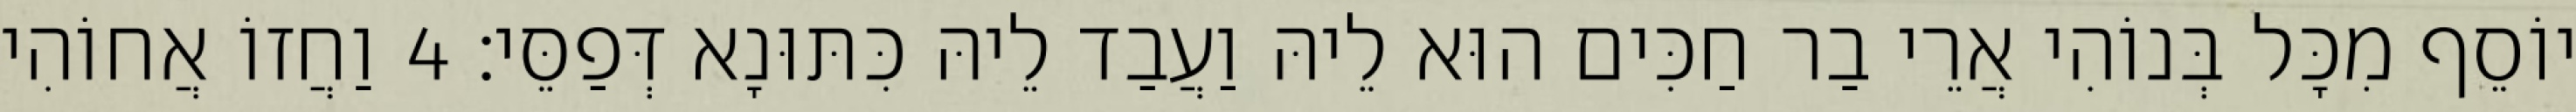
יוֹסֵף מִכָּל בְּנוֹהִי אֲרֵי בַר חַכִּים הוּא לֵיהּ וַעֲבַד לֵיהּ כִּתּוּנָא דְּפַסֵּי׃ 4 וַחֲזוֹ אֲחוֹהִי